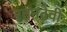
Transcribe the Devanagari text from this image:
रतनदेवी